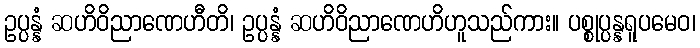
ဥပ္ပန္နံ ဆဟိဝိညာဏေဟီတိ၊ ဥပ္ပန္နံ ဆဟိဝိညာဏေဟိဟူသည်ကား။ ပစ္စုပ္ပန္နရူပမေဝ၊